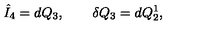
\hat { I } _ { 4 } = d Q _ { 3 } , \qquad \delta Q _ { 3 } = d Q _ { 2 } ^ { 1 } ,